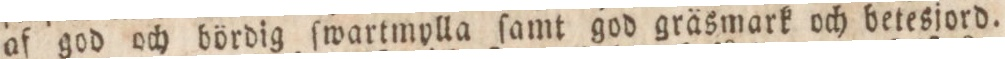
af god och bördig ſwartmylla ſamt god gräsmark och betesjord.